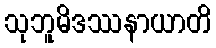
သုဘူမိဒဿနာယာတိ